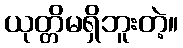
ယုတ္တိမရှိဘူးတဲ့။